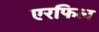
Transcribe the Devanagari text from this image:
एरफिल